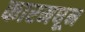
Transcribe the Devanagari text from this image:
कारमधून